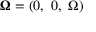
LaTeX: { \boldsymbol { \Omega } } = ( 0 , \ 0 , \ \Omega )